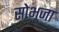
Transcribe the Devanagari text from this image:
सोभूजा